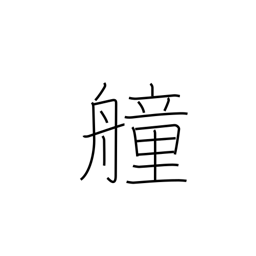
Meaning: fighting ship